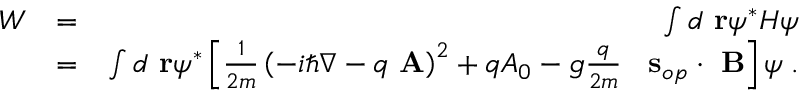
\begin{array} { r l r } { W } & { = } & { \int d \mathrm { \bf ~ r } \psi ^ { * } H \psi } \\ & { = } & { \int d \mathrm { \bf ~ r } \psi ^ { * } \left[ \frac { 1 } { 2 m } \left( - i \hbar \nabla - q \mathrm { \bf ~ A } \right) ^ { 2 } + q A _ { 0 } - g \frac { q } { 2 m } \; \; \mathrm { \bf ~ s } _ { o p } \cdot \mathrm { \bf ~ B } \right] \psi \; . } \end{array}